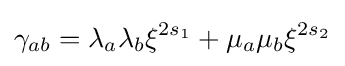
\gamma _{ab}=\lambda _{a}\lambda _{b}\xi ^{2s_{1}}+\mu _{a}\mu _{b}\xi ^{2s_{2}}